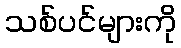
သစ်ပင်များကို